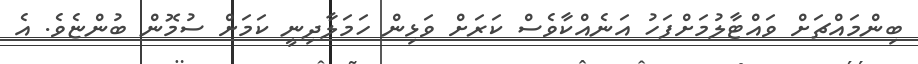
ބިންމައްޗަށް ވައްޓާލުމަށްފަހު އަނެއްކާވެސް ކަރަށް ވަޅިން ހަމަލާދިނީ ކަމަށް ސުމޮން ބުންޏެވެ. އެ